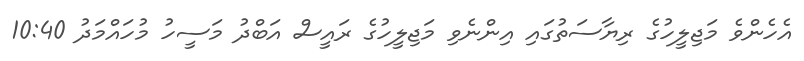
އެހެންވެ މަޖިލީހުގެ ރިޔާސަތުގައި އިންނެވި މަޖިލީހުގެ ރައީސް އަބްދު މަސީހު މުހައްމަދު 10:40